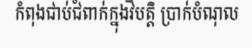
កំពុងជាប់ជំពាក់ក្នុងវិបត្តិ ប្រាក់បំណុល